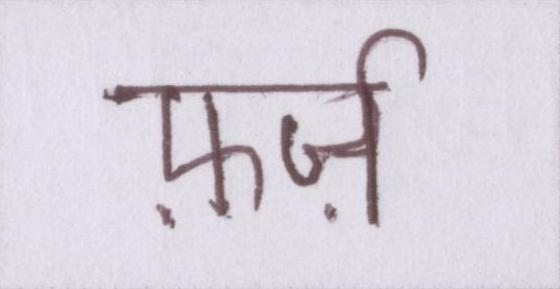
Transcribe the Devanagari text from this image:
फ़र्ज़